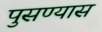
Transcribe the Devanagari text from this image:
पुसण्यास